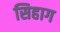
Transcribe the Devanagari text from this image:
सिहाग